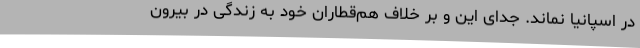
در اسپانیا نماند. جدای این و بر خلاف هم‌قطاران خود به زندگی در بیرون